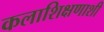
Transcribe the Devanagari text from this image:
कलाशिक्षणाशी